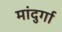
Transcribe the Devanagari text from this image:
मांदुर्गा